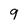
Character: 9